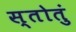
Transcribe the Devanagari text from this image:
स्तोतुं